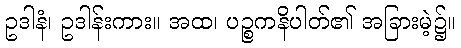
ဥဒါနံ၊ ဥဒါန်းကား။ အထ၊ ပဉ္စကနိပါတ်၏ အခြားမဲ့၌။